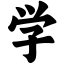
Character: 学